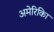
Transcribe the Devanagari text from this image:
अमेरिकिा